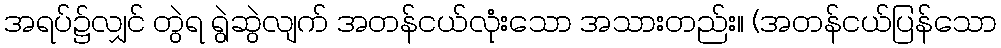
အရပ်၌လျှင် တွဲရ ရွဲဆွဲလျက် အတန်ငယ်လုံးသော အသားတည်း။ (အတန်ငယ်ပြန်သော